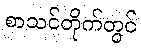
စာသင်တိုက်တွင်